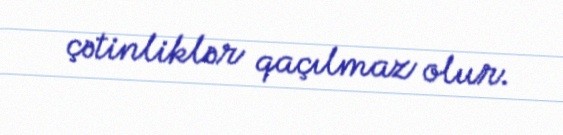
çətinliklər qaçılmaz olur.